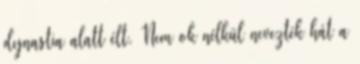
dynastia alatt élt. Nem ok nélkül nevezték hát a